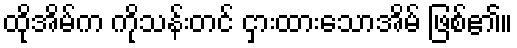
ထိုအိမ်က ကိုသန်းတင် ငှားထားသောအိမ် ဖြစ်၏။